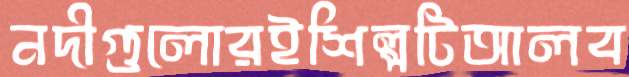
নদীগুলোরইশিল্পটিআলব